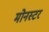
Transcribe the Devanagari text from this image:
मोनस्टर